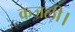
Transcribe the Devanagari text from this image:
कजली।